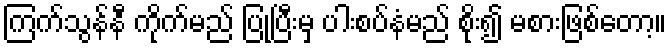
ကြက်သွန်နီ ကိုက်မည် ပြုပြီးမှ ပါးစပ်နံမည် စိုး၍ မစားဖြစ်တော့။